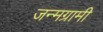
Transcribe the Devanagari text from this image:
जन्मग्रामी